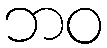
ဘဝ